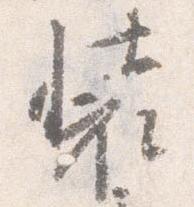
装